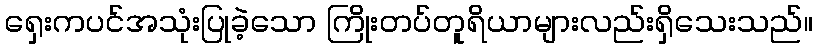
ရှေးကပင်အသုံးပြုခဲ့သော ကြိုးတပ်တူရိယာများလည်းရှိသေးသည်။